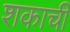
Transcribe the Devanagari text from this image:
शकाची